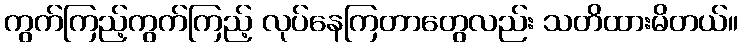
ကွက်ကြည့်ကွက်ကြည့် လုပ်နေကြတာတွေလည်း သတိထားမိတယ်။